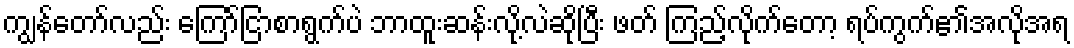
ကျွန်တော်လည်း ကြော်ငြာစာရွက်ပဲ ဘာထူးဆန်းလို့လဲဆိုပြီး ဖတ် ကြည့်လိုက်တော့ ရပ်ကွက်၏အလိုအရ